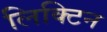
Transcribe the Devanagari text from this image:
लिक्टिन